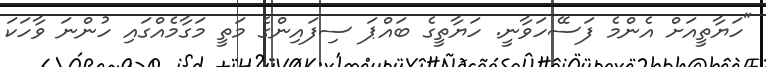
"ހަޔާތީއަށް އެންމެ ފަސޭހަވާނީ. ހަޔާތީގެ ބައްޕަ ސިފައިންގެ މަތީ މަގާމެއްގައި ހުންނަ ވާހަކަ